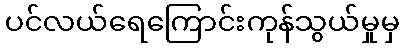
ပင်လယ်ရေကြောင်းကုန်သွယ်မှုမှ